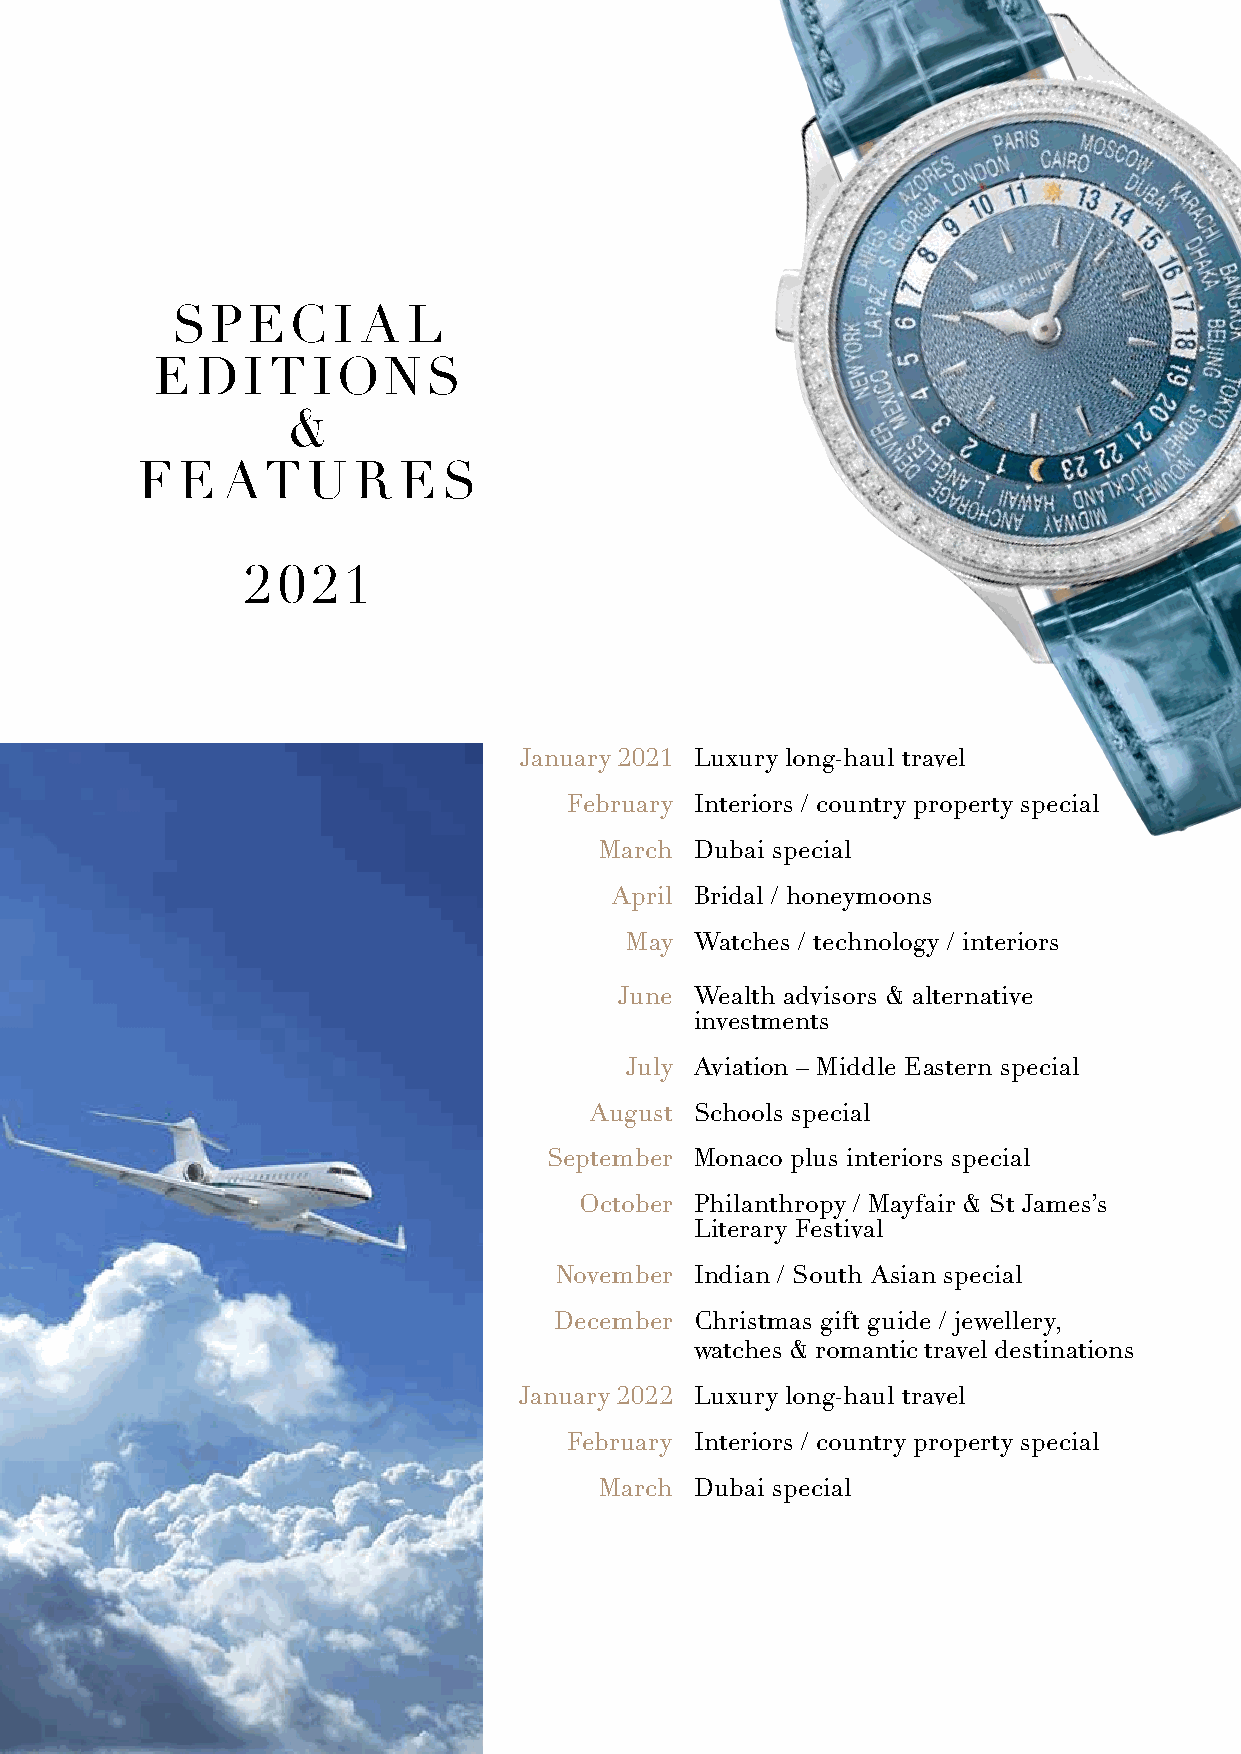
SPec       i a  L
 ediT       iONS
 &
 fe    aT   U  r  eS
 2 021
 January 2021 Luxury long-haul travel
 february interiors / country property special
 March dubai special
 april Bridal / honeymoons
 May  Watches / technology / interiors
 June Wealth advisors & alternative
 investments
 July aviation – Middle eastern special
 august Schools special
 September Monaco plus interiors special
 October P hilanthropy / Mayfair & St James’s
 Literary festival
 November indian / South asian special
 december christmas gift guide / jewellery,
 watches & romantic travel destinations
 January 2022 Luxury long-haul travel
 february interiors / country property special
 March dubai special